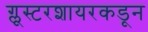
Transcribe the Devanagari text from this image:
ग्लूस्टरशायरकडून